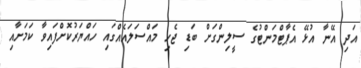
އަދި އޭނާ އުޅޭ އެޕާޓްމަންޓުގެ ސީލިންގަށް ބަޑި ޖެހި މައްސަލައެއްގައި ހައްޔަރުކޮށްފައިވާ ކަމަށާއި